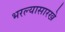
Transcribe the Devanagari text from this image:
भरल्यासारखे